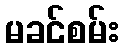
မခင်စမ်း